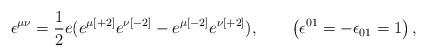
LaTeX: \begin{align*}\epsilon ^{\mu \nu }= {{ 1}\over { 2}} e (e^{\mu { [+2]}} e^{\nu { [-2]}}-e^{\mu { [-2]}} e^{\nu { [+2]}}) ,\qquad\left( \epsilon ^{{ 01}}=-\epsilon _{{ 01}}=1 \right) ,\end{align*}